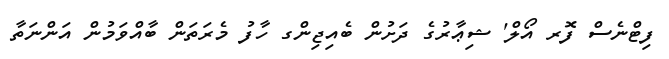
ފިޓްނެސް ފޮރ އޯލް' ޝިޢާރުގެ ދަށުން ބެއިޖިންގ ހާފު މެރަތަން ބާއްވަމުން އަންނަތާ